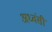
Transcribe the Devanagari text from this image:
अध्वंसी